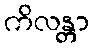
ကိလန္တာ